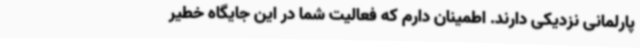
پارلمانی نزدیکی دارند. اطمینان دارم که فعالیت شما در این جایگاه خطیر